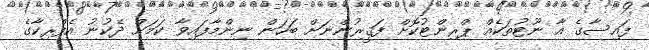
ފައިސާގެ އާ ނޫޓުތަކެއް ޕްރިންޓުކޮށް ފަޤީރުންނަށް ބަހަން ނިންމާފައިވާ ކަމަށް ދެކުނު އެފްރިކާގެ